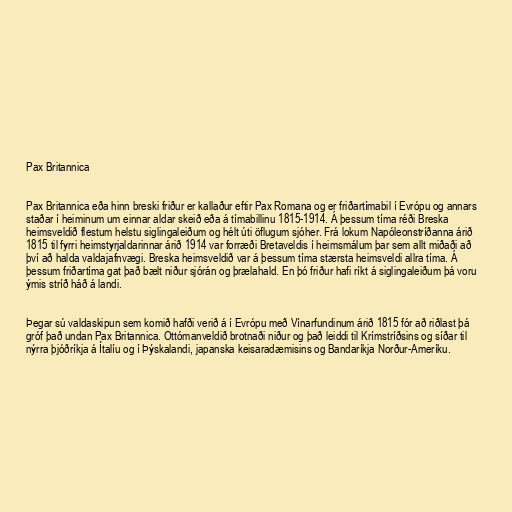
Pax Britannica

Pax Britannica eða hinn breski friður er kallaður eftir Pax Romana og er friðartímabil í Evrópu og annars
staðar í heiminum um einnar aldar skeið eða á tímabillinu 1815-1914. Á þessum tíma réði Breska
heimsveldið flestum helstu siglingaleiðum og hélt úti öflugum sjóher. Frá lokum Napóleonstríðanna árið
1815 til fyrri heimstyrjaldarinnar árið 1914 var forræði Bretaveldis í heimsmálum þar sem allt miðaði að
því að halda valdajafnvægi. Breska heimsveldið var á þessum tíma stærsta heimsveldi allra tíma. Á
þessum friðartíma gat það bælt niður sjórán og þrælahald. En þó friður hafi ríkt á siglingaleiðum þá voru
ýmis stríð háð á landi.

Þegar sú valdaskipun sem komið hafði verið á í Evrópu með Vínarfundinum árið 1815 fór að riðlast þá
gróf það undan Pax Britannica. Ottómanveldið brotnaði niður og það leiddi til Krímstríðsins og síðar til
nýrra þjóðríkja á Ítalíu og í Þýskalandi, japanska keisaradæmisins og Bandaríkja Norður-Ameríku.